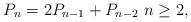
LaTeX: \begin{align*}P_n = 2P_{n-1} + P_{n-2}\ n\geq 2,\end{align*}